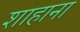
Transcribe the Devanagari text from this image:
शाहाना